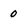
Character: 0